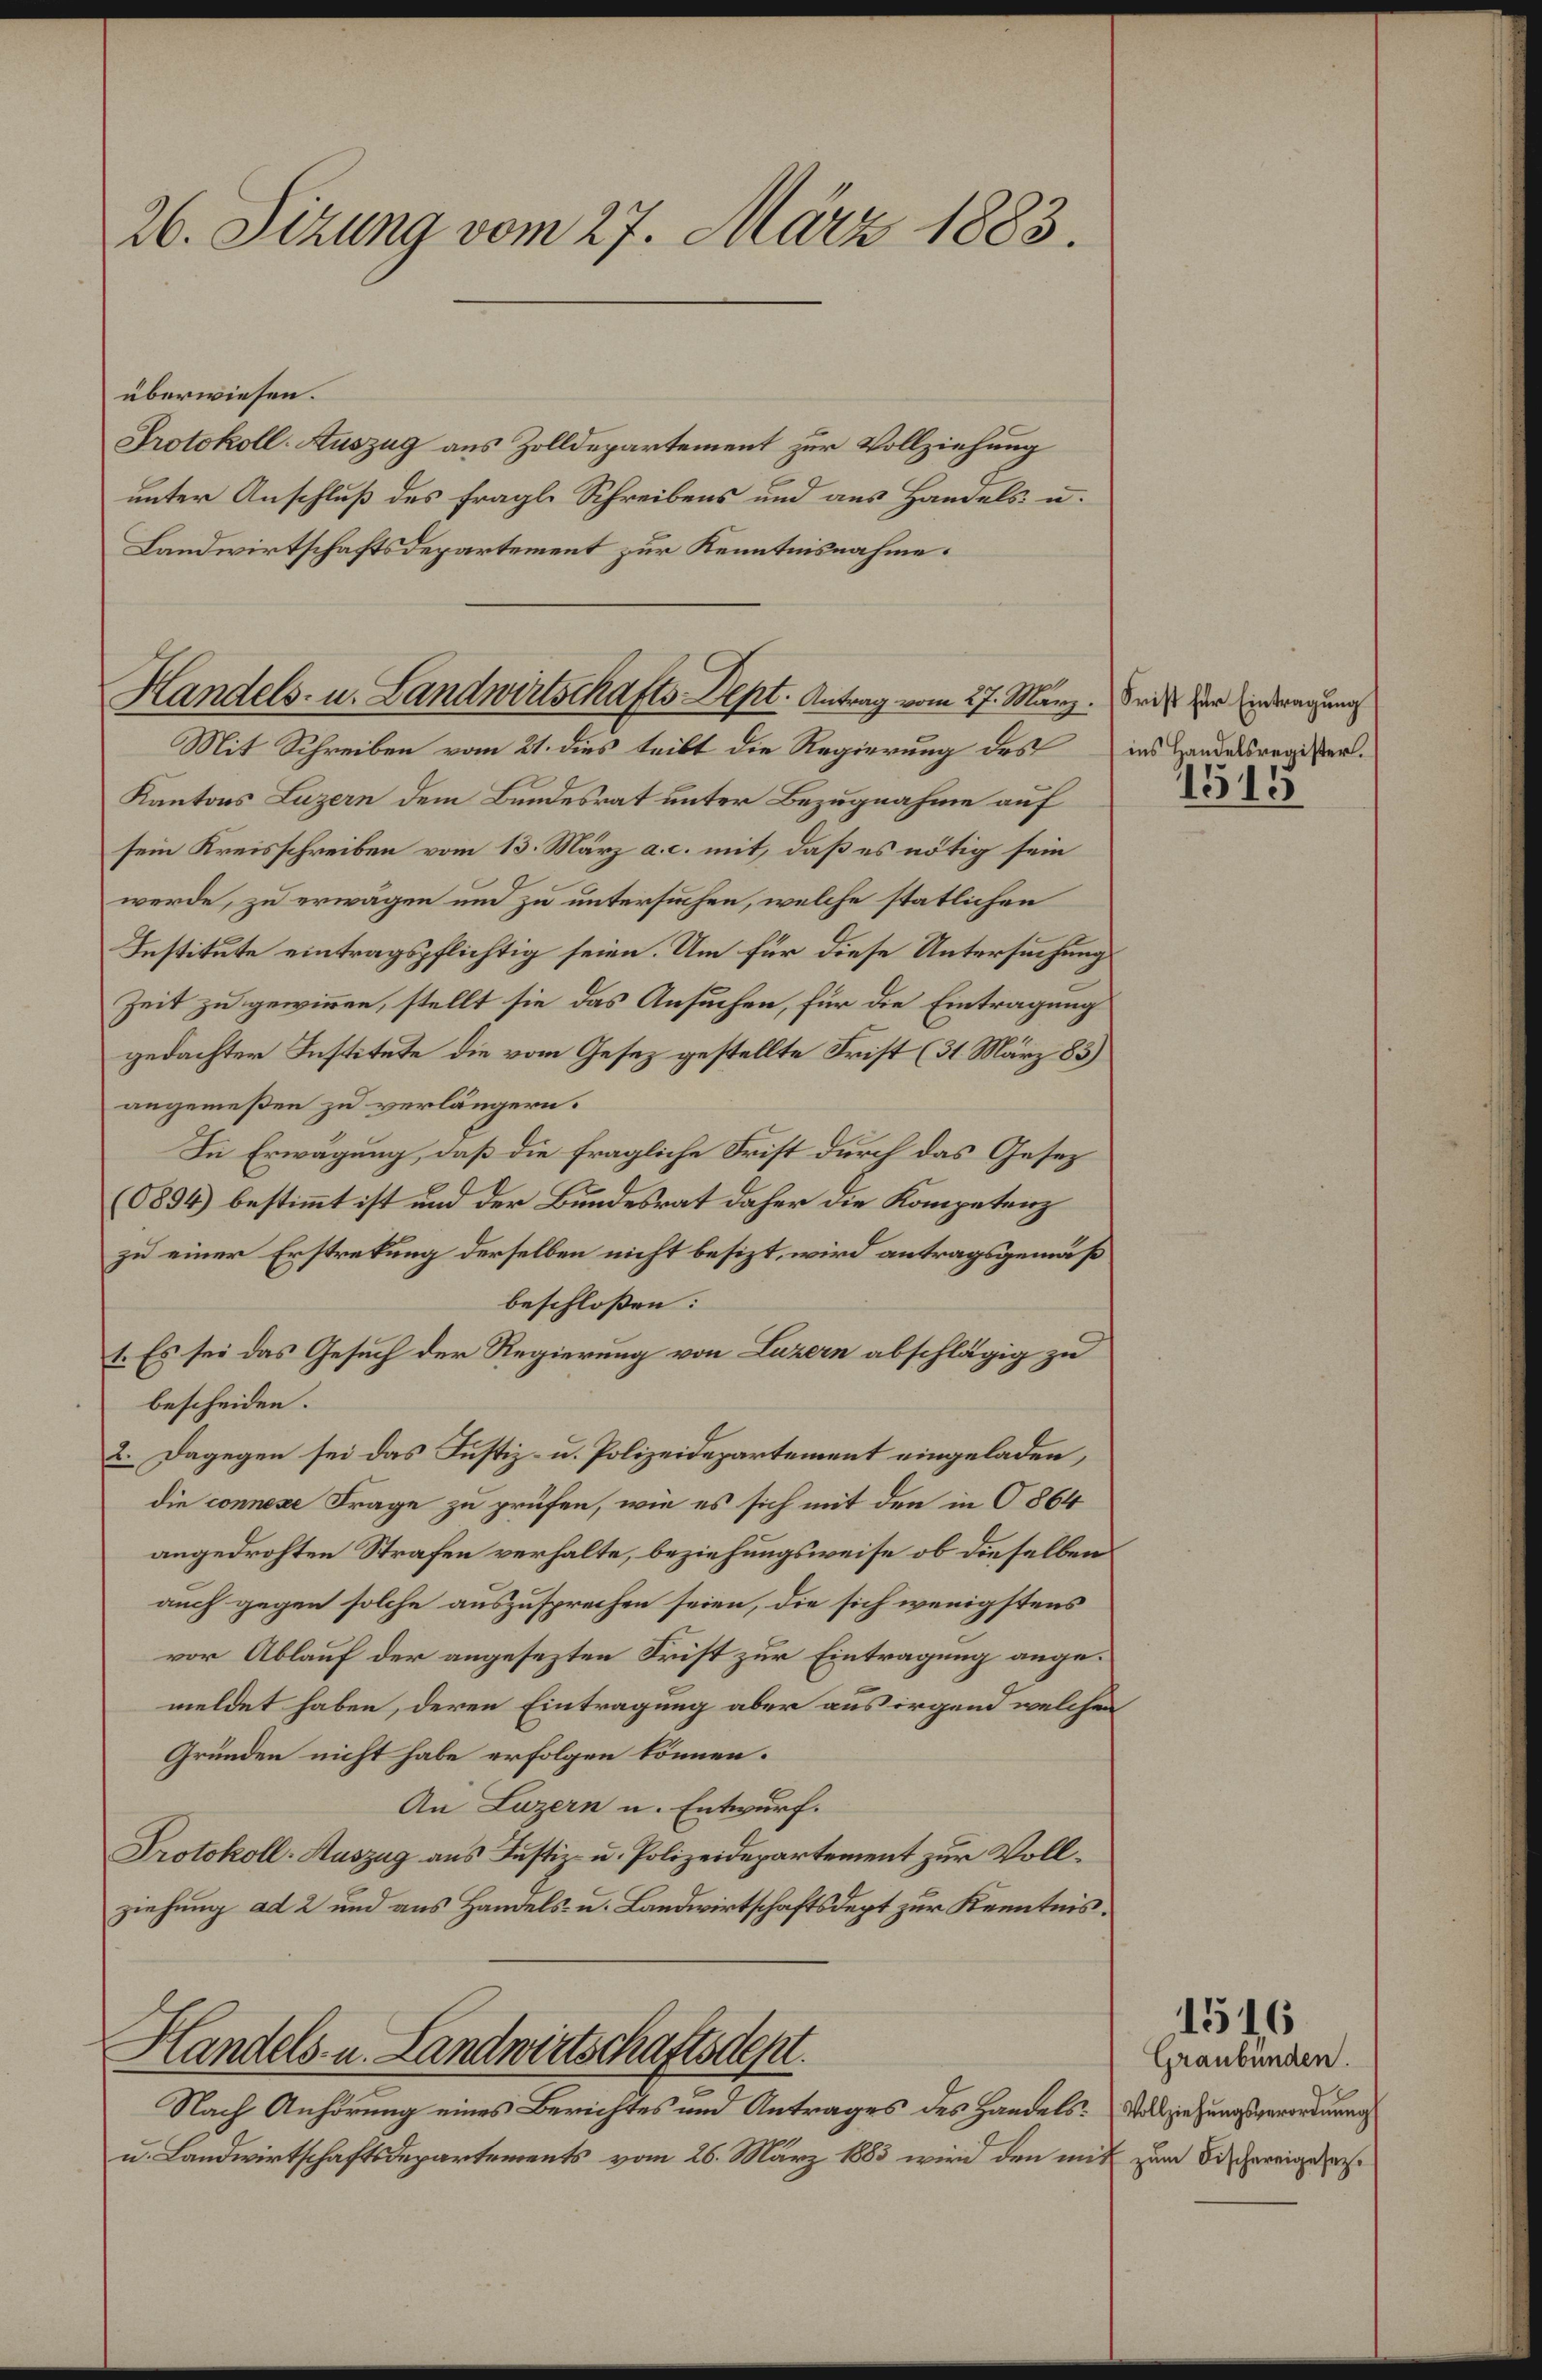
26. Sizung vom 27. März 1883.

überwiesen.
Protokoll- Auszug aus Zolldepartement zur Vollziehung
unter Anschluß des fragl. Schreibens und aus Handels u.
Landwirtschaftsdepartement zur Kenntnisnahme.

Handels- u. Landwirtschafts-Dept. Antrag vom 27. März. Sei der inderen uns

Mit Schreiben vom 21. dies teilt die Regierung des ins Handelsregister¬
Kantons Luzern dem Bundesrat unter Bezugnahme auf
sein Kreisschreiben vom 13. März a. c. mit, daß es nötig sein
werde, zu erwägen und zu untersuchen, welche statlichen
Institute eintragspflichtig seien. Um für diese Untersuchung
Zeit zu gewinnen, stellt sie das Ansuchen, für die Eintragung
gedachter Institute die vom Gesez gestellte Frist (31. März 183)
angemeßen zu verlängern.
In Erwägung, daß die fragliche Frist durch das Gesez
(6894) bestimmt ist und der Bundesrat daher die Kompetenz
zu einer Erstreckung derselben nicht besizt, wird antragsgemäß
beschloßen:
1. Es sei das Gesuch der Regierung von Luzern abschlägig zu
bescheiden.
2. Dagegen sei das Justiz- u. Polizeidepartement eingeladen,
die connese Frage zu prüfen, wie es sich mit den in O864
angedrohten Strafen verhalte, beziehungsweise ob dieselben
auch gegen solche auszusprechen seien, die sich wenigstens
vor Ablauf der angesezten Frist zur Eintragung angemeldet haben, deren Eintragung aber aus irgend welchen
Gründen nicht habe erfolgen können.
An Luzern u. Entwurf.
Protokoll-Auszug aus Justiz- u. Polizeidepartement zur Vollziehung ad 2 und aus Handels- u. Landwirtschaftsdept zur Kenntnis.
Handels- u. Landwirtschaftsdept.
Nach Anhörung eines Berichtes und Antrages des Handels. Ausziehungsverordnung
u. Landwirtschaftsdepartements vom 26. März 1883 wird den mit zum Bischereigens

1513

Graubünden.

1516